Venemaal_asunud_Eesti_seltside_dokumendid, lk 18
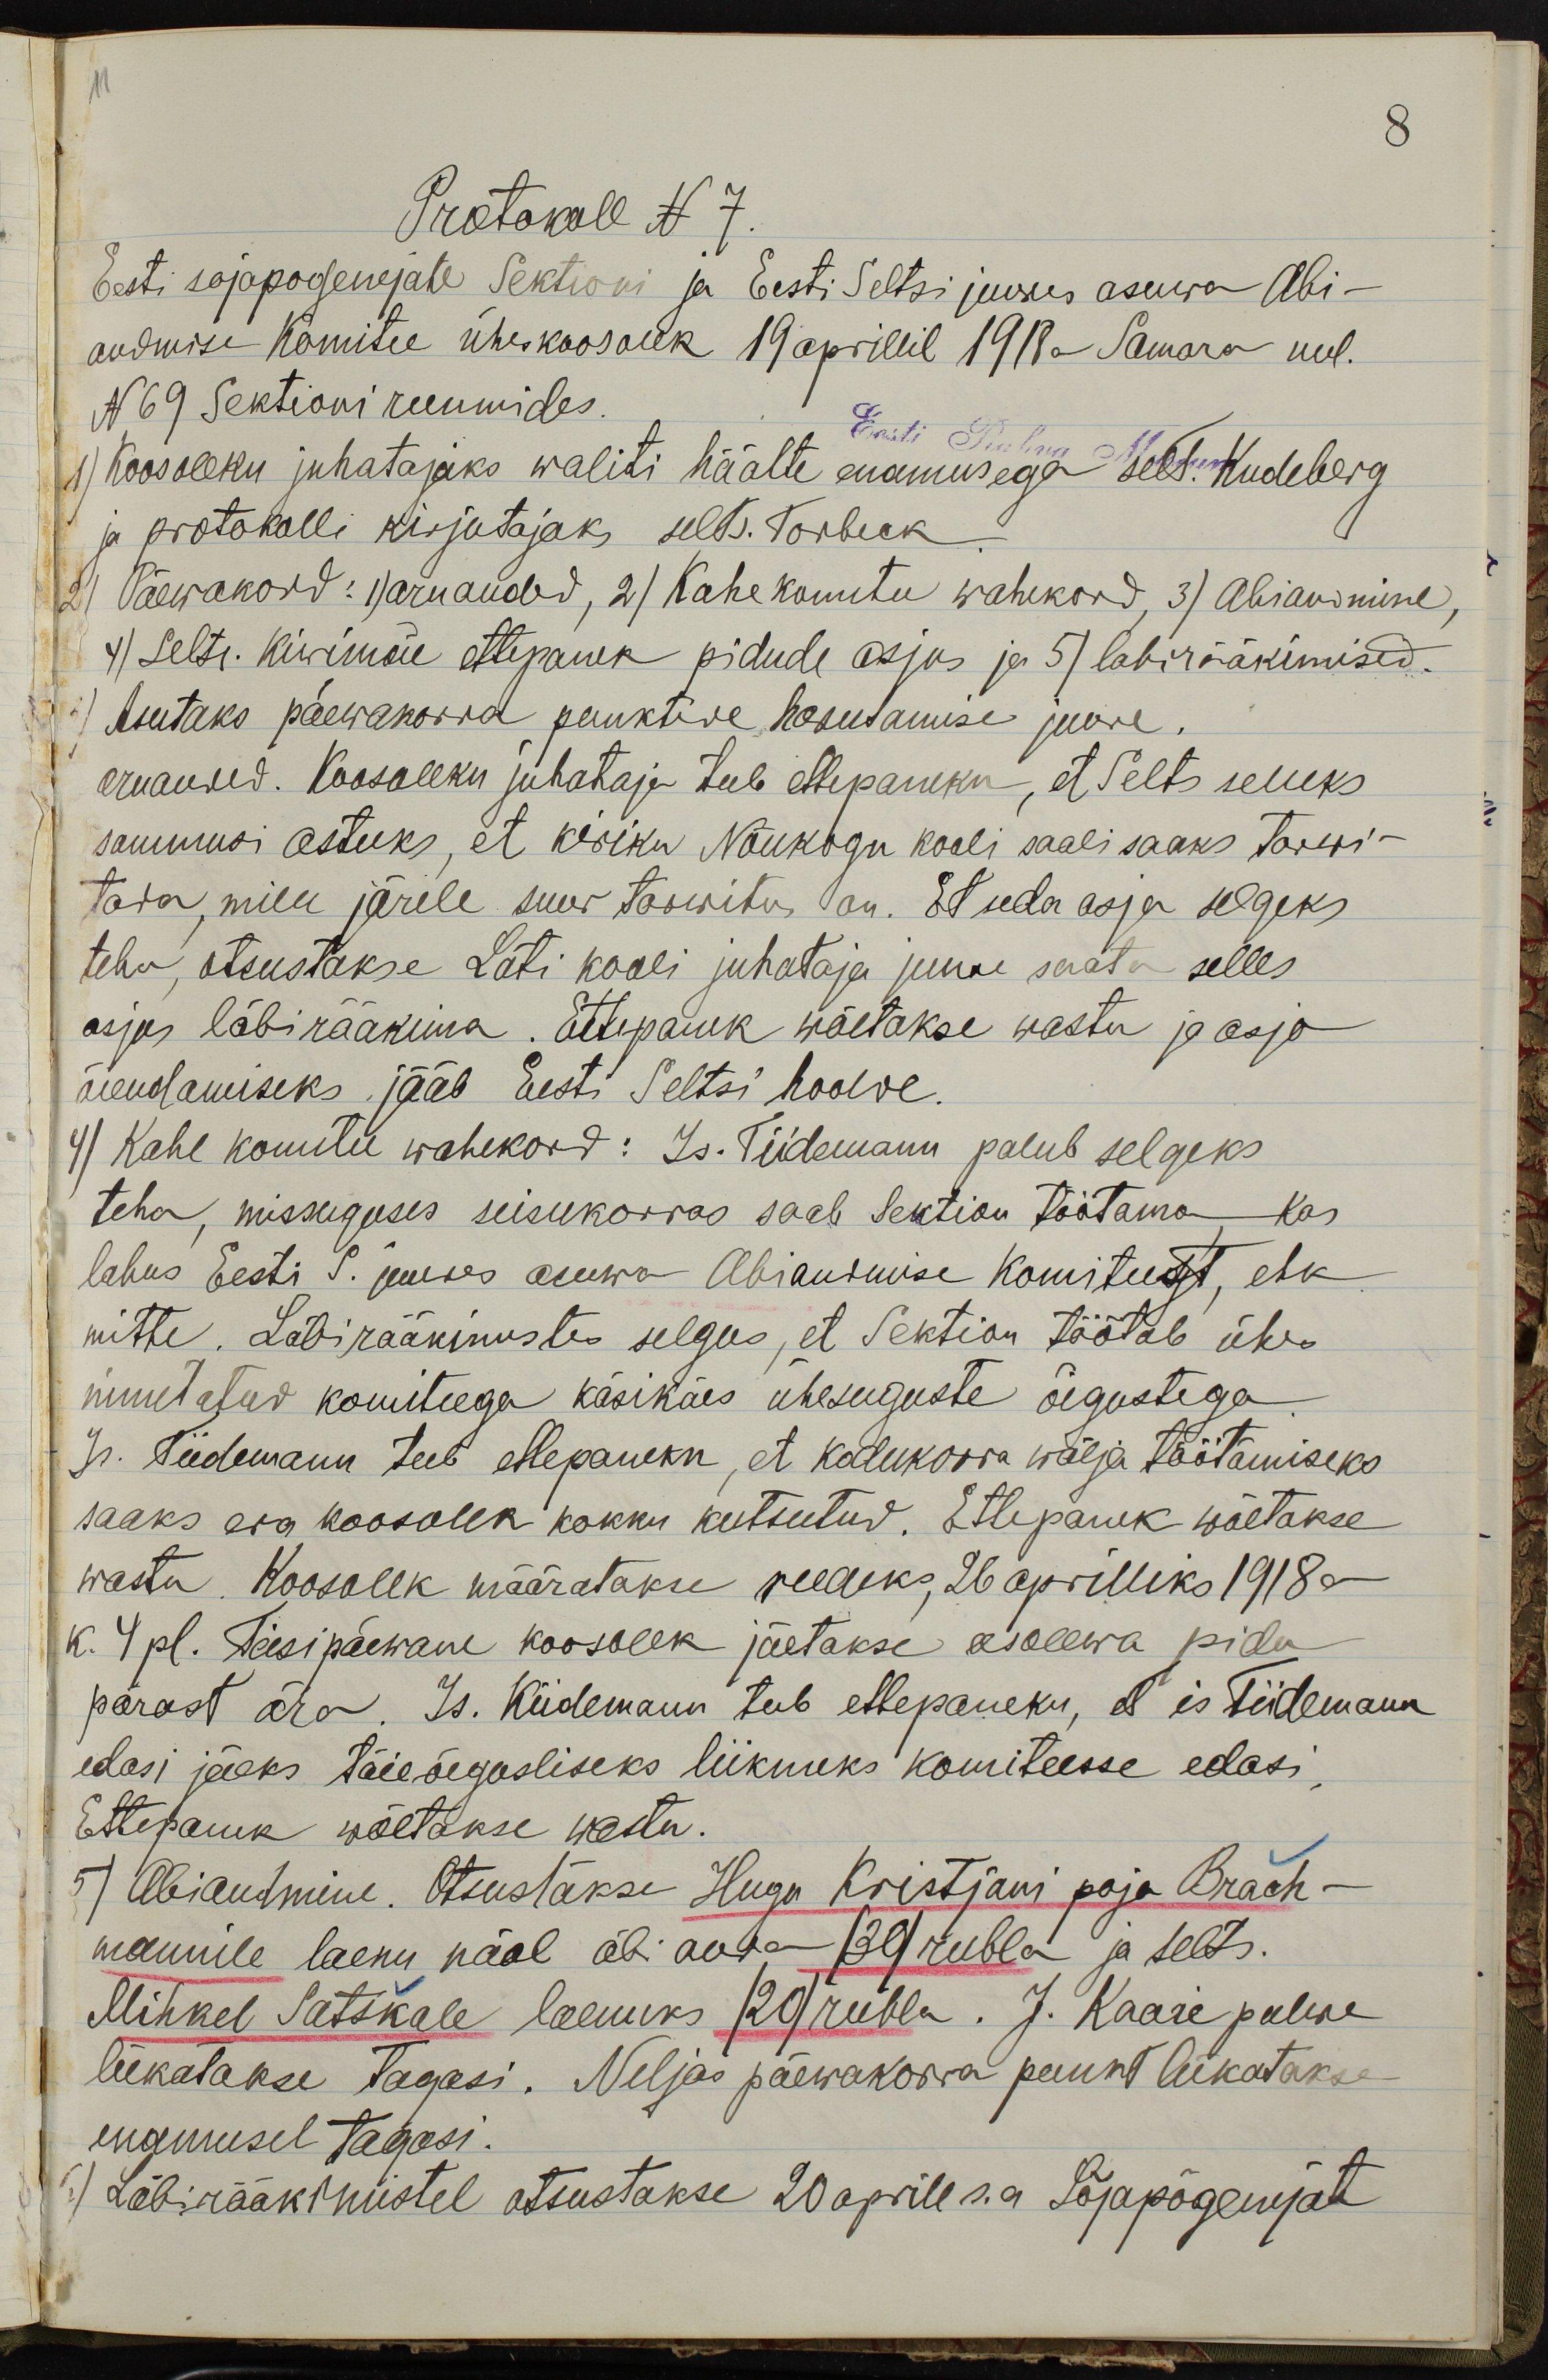
11

8
Protokoll N 7.
Eesti sõjapõgenejate Sektiori ja Eesti Seltsi juures asuwa Abi-
andmise Komitee ühiskoosolek 19 aprillil 1918 a. Samara uul.
N 69 Sektioni ruumides
1) Koosoleku juhatajaks waliti häälte enamusega sell. Kudeberg
Eesti Rahva
ja protokolli kirjutajaks selts. Torbeck.
1) Päewakord; 1) aruanded, 2) Kahe komitee wahekord, 3) Abiandmine,
4) Selts. Kivimäe ettepanek pidude asjus ja 5) läbiriääkimised.
6) Asutaks päewakorra punktide kasutamise juure.
aruand. Koosoleku juhataja teeb ettepaneku, et Selts selleks
sammusi astuks, et kiriku Nõukogu kooli saali saaks tarwi-
tada, mille järele suur tarwitus on. Et seda asja selgeks
teha, otsustakse Läti kooli juhataja juure saata selles
asjas läbirääkima. Ettepanek wõetakse wastu ja asja
õiendamiseks jääb Eesti Seltsi hoolde.
4) Kahe komitee wahekord: Is. Tiidemann palub selgeks
teha, missuguses seisukorras saab Sektion töötama - kas
lahus Eesti P. juures asuwa Abiandmise komiteest, ehk
mitte. Läbirääkimistes selgus, et Sektion töötab ühes
nimetatud komiteega käsikäes ühesuguste õigustega.
Jp. Tiidemann teeb ettepaneku, et kodukorra wälja töötamiseks
saaks era koosolek kokku kutsutud. Ettepanek wõetakse
wastu. Koosolek määratakse reedeks, 26 aprilliks 1918 a
K. 4 pl. Teisipäewane koosolek jäetakse eesolewa pidu
pärast ära. Is. Kiidemann teeb ettepaneku, et is Tiidemann
edasi jääks täie õegusliseks liikmeks komiteesse edasi.
Ettepanek wõetakse wastu.
5) Abiandmine. Otsustakse Hugo Kristjani poja Brach-
mannile laenu pääl abi anda (30) rubla ja selts.
Mihkel Satikale laenuks (20) rubla. J. Kaare palwe
lükatakse tagasi. Neljas päewakorra punkt lükatakse
enamusel tagasi.
6) Läbirääkimistel otsustakse 20 aprill s.a. Sõjapõgenejate